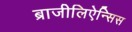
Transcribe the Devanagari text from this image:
ब्राजीलिऐन्सिस